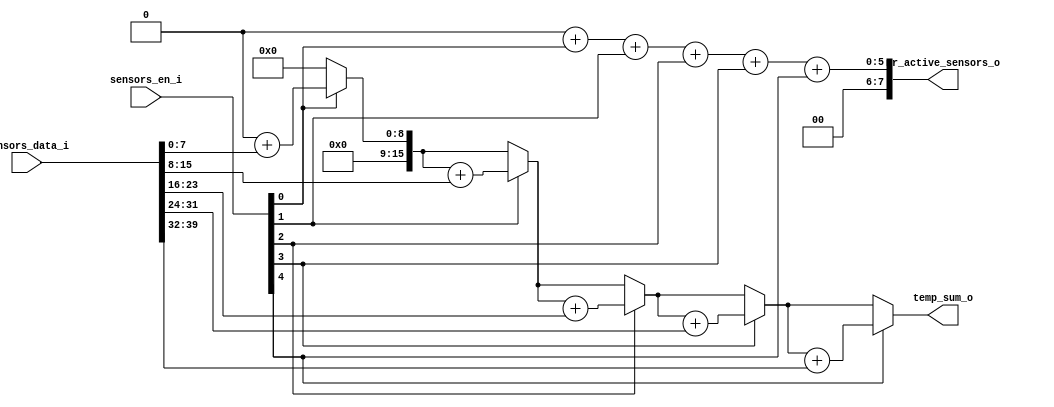
//vedeti README-ul

module sensors_input(
	output reg[15:0] temp_sum_o,
	output reg[7:0] nr_active_sensors_o,
	input [39:0] sensors_data_i,
	input [4:0] sensors_en_i
    );
	
	integer i;
	
	always @(*) begin
		
		temp_sum_o = 0;
		nr_active_sensors_o = 0;
	
		//calculez suma a valorilor vectorului sensors_en_i si salvez pe nr_active_sensor valoarea obtinuta
		for(i=0; i<5; i=i+1)begin
			nr_active_sensors_o = nr_active_sensors_o + sensors_en_i[i]; 
		end
		
		//iau de 5 ori temperatura daca valoarea fiecarui bit din 
		//sensors_en_i[4:0] este 1 si adun temperaturii pe temp_sum_o
		
		if(sensors_en_i[0]==1)
			temp_sum_o = temp_sum_o+sensors_data_i[7:0];

		if(sensors_en_i[1]==1)
			temp_sum_o = temp_sum_o+sensors_data_i[15:8];

		if(sensors_en_i[2]==1)
			temp_sum_o = temp_sum_o+sensors_data_i[23:16];

		if(sensors_en_i[3]==1)
			temp_sum_o = temp_sum_o+sensors_data_i[31:24];

		if(sensors_en_i[4]==1)
			temp_sum_o = temp_sum_o+sensors_data_i[39:32];
		
	end
endmodule